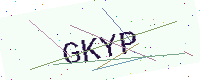
Text: GKYP